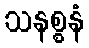
သနစ္စနံ